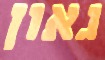
גאון